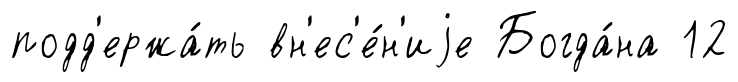
подд'ержа́ть вн'ес'е́н'иjе Богда́на 12